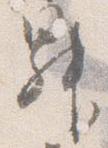
昇